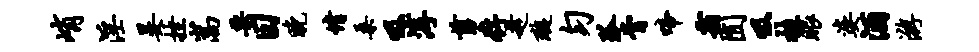
峭淫晏挫嵩栗日晚情桑吸淳剪存趁璇匀弧膏啼霜囿吸挂眼婆酒游